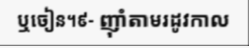
ឬចៀន។៩- ញ៉ាំតាមរដូវកាល